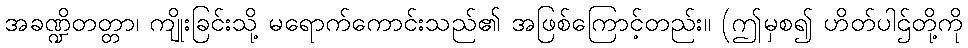
အခဏ္ဍိတတ္တာ၊ ကျိုးခြင်းသို့ မရောက်ကောင်းသည်၏ အဖြစ်ကြောင့်တည်း။ (ဤမှစ၍ ဟိတ်ပါဌ်တို့ကို